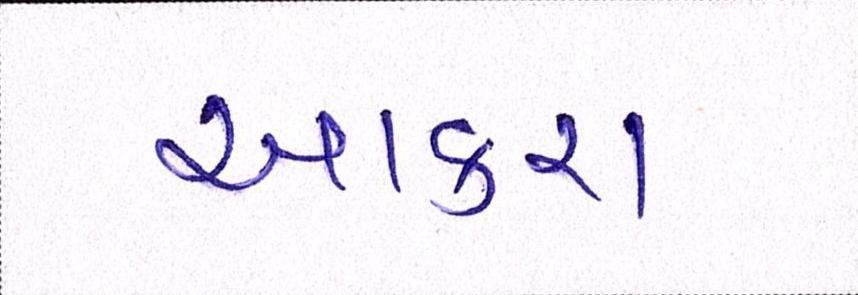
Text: આકરા